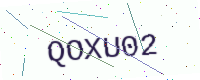
Text: QOXU02